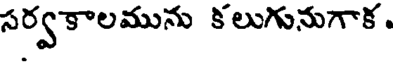
సర్వకాలమును కలుగునుగాక.